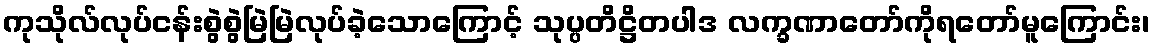
ကုသိုလ်လုပ်ငန်းစွဲစွဲမြဲမြဲလုပ်ခဲ့သောကြောင့် သုပ္ပတိဋ္ဌိတပါဒ လက္ခဏာတော်ကိုရတော်မူကြောင်း၊